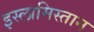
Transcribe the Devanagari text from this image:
इस्लामिस्तान